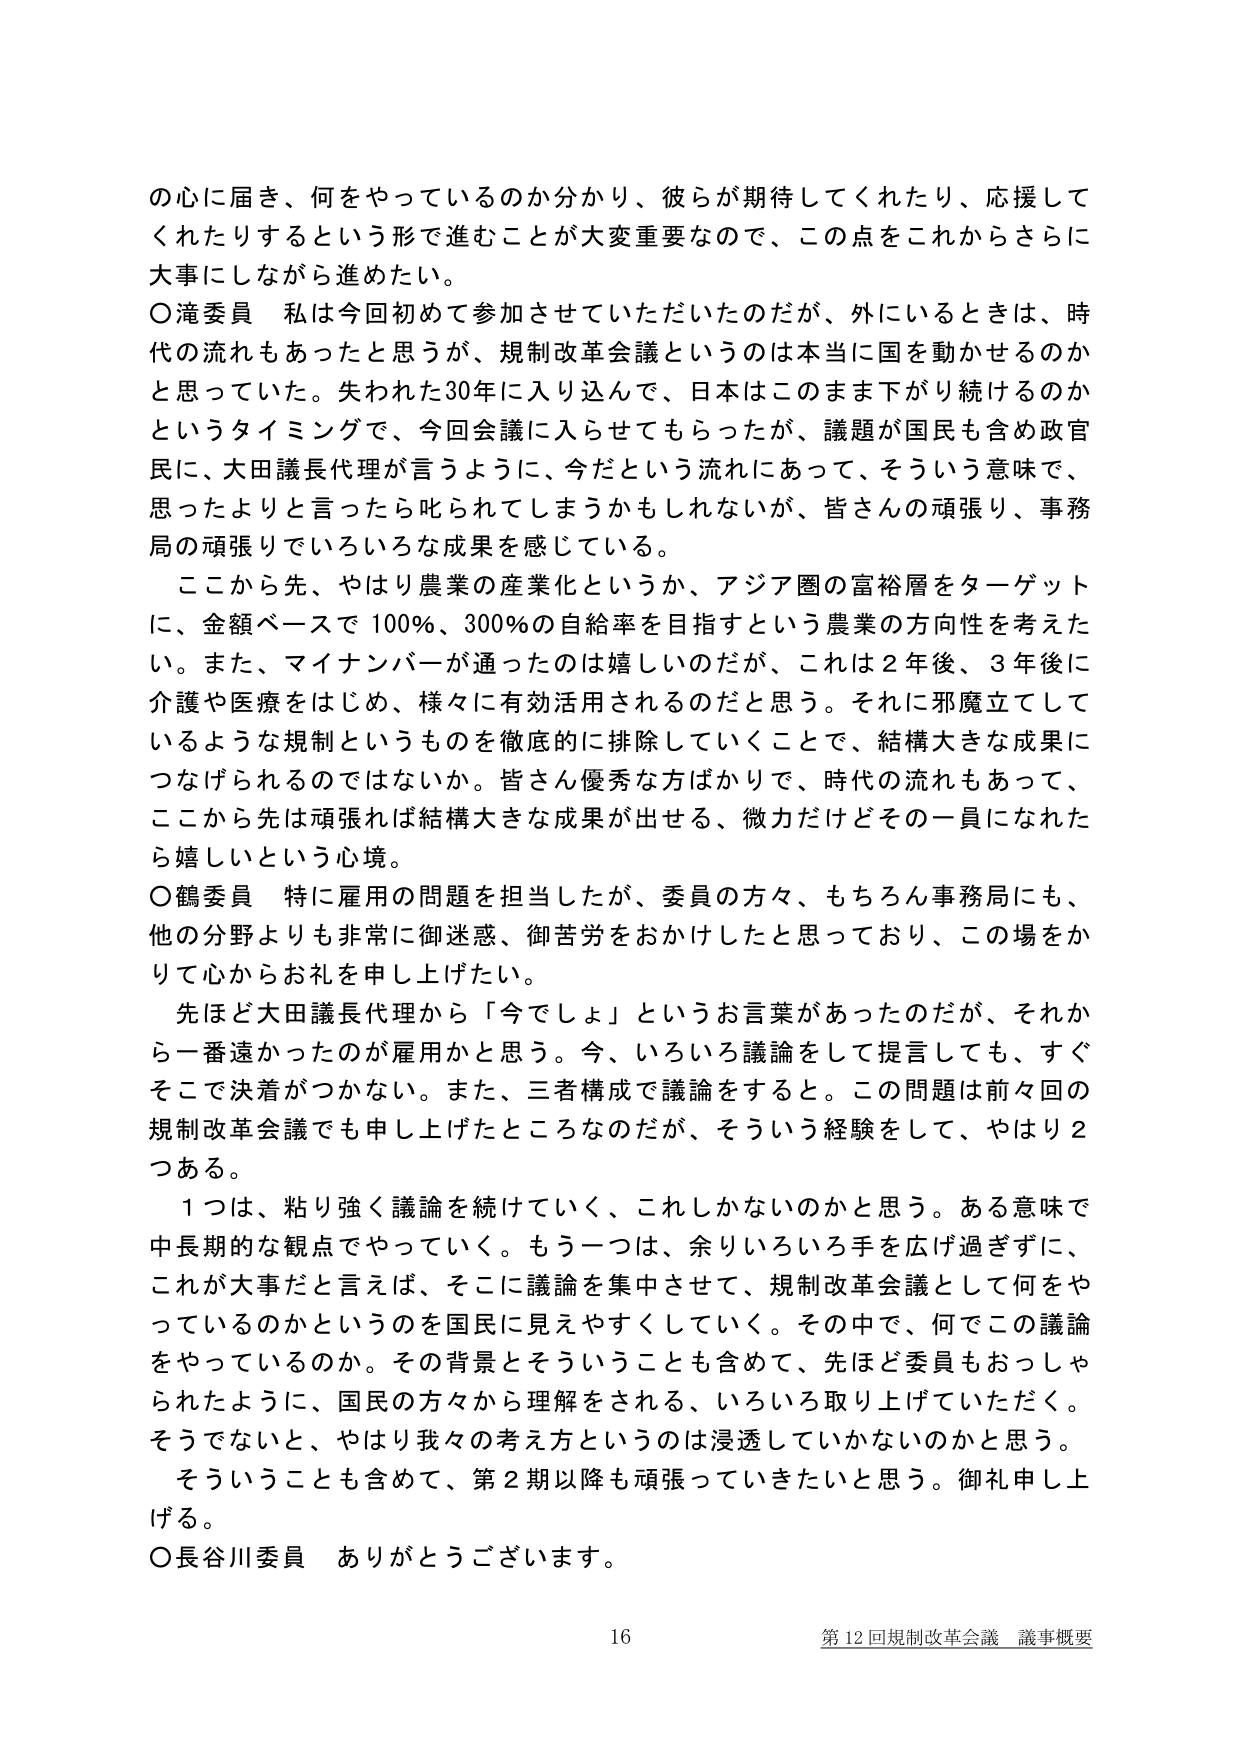
の心に届き、何をやっているのか分かり、彼らが期待してくれたり、応援してくれたりするという形で進むことが大変重要なので、この点をこれからさらに大事にしながら進めたい。

〇滝委員　私は今回初めて参加させていただいたのだが、外にいるときは、時代の流れもあったと思うが、規制改革会議というのは本当に国を動かせるのかと思っていた。失われた30年に入り込んで、日本はこのまま下がり続けるのかというタイミングで、今回会議に入らせてもらったが、議題が国民も含め政官民に、大田議長代理が言うように、今だという流れにあって、そういう意味で、思ったよりと言ったら叱られてしまうかもしれないが、皆さんの頑張り、事務局の頑張りでいろいろな成果を感じている。

　ここから先、やはり農業の産業化というか、アジア圏の富裕層をターゲットに、金額ベースで100％、300％の自給率を目指すという農業の方向性を考えたい。また、マイナンバーが通ったのは嬉しいのだが、これは2年後、3年後に介護や医療をはじめ、様々に有効活用されるのだと思う。それに邪魔立しているような規制というものを徹底的に排除していくことで、結構大きな成果につなげられるのではないか。皆さん優秀な方ばかりで、時代の流れもあって、ここから先は頑張れば結構大きな成果が出せる、微力だけどその一員になれたら嬉しいという心境。

〇鶴委員　特に雇用の問題を担当したが、委員の方々、もちろん事務局にも、他の分野よりも非常に御迷惑、御苦労をおかけしたと思っており、この場をかりて心からお礼を申し上げたい。

　先ほど大田議長代理から「今でしょ」というお言葉があったのだが、それから一番遠かったのが雇用かと思う。今、いろいろ議論をして提言しても、すぐそこで決着がつかない。また、三者構成で議論をすると。この問題は前々回の規制改革会議でも申し上げたところなのだが、そういう経験をして、やはり2つある。

　1つは、粘り強く議論を続けていく、これしかないのかと思う。ある意味で中長期的な観点でやっていく。もう一つは、余りいろいろ手を広げ過ぎずに、これが大事だと言えば、そこに議論を集中させて、規制改革会議として何をやっているのかというのを国民に見えやすくしていく。その中で、何でこの議論をやっているのか。その背景とそういうことも含めて、先ほど委員もおっしゃられたように、国民の方々から理解をされる、いろいろ取り上げていただく。そうでないと、やはり我々の考え方というのは浸透していかないのかと思う。

　そういうことも含めて、第2期以降も頑張っていきたいと思う。御礼申し上げる。

〇長谷川委員　ありがとうございます。

16　第12回規制改革会議　議事概要